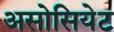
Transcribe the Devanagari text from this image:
असोसियेट